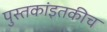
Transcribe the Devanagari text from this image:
पुस्तकांइतकीच